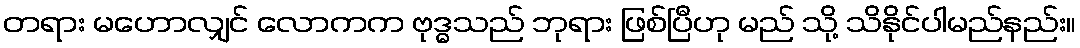
တရား မဟောလျှင် လောကက ဗုဒ္ဓသည် ဘုရား ဖြစ်ပြီဟု မည် သို့ သိနိုင်ပါမည်နည်း။